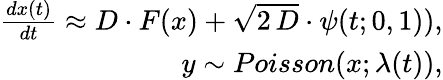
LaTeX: \begin{array}{r}{\frac{dx(t)}{dt}\approx D\cdot F(x)+\sqrt{2\, D}\cdot\psi(t;0,1)),}\\ {y\sim Poisson(x;\lambda(t)),}\end{array}